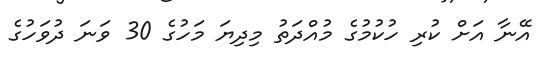
އޭނާ އަށް ކުރި ހުކުމުގެ މުއްދަތު މިދިޔަ މަހުގެ 30 ވަނަ ދުވަހުގެ